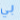
بي